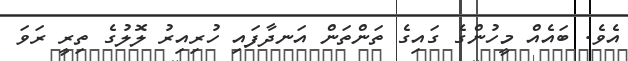
އެވެ. ބައެއް މީހުންގެ ގައިގެ ތަންތަން އަނދާފައި ހުރިއިރު ލޮލުގެ ތިރީ ރަވަ